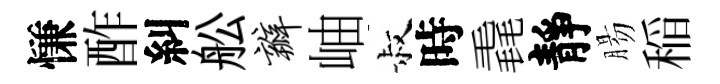
慊酢糾舩瓣岫叔時毳靜腸稲